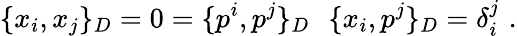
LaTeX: \{ x_{i},x_{j}\} _{D}=0=\{ p^{i},p^{j}\} _{D}\, \, \, \, \{ x_{i},p^{j}\} _{D}=\delta_{i}^{j}\, \, .